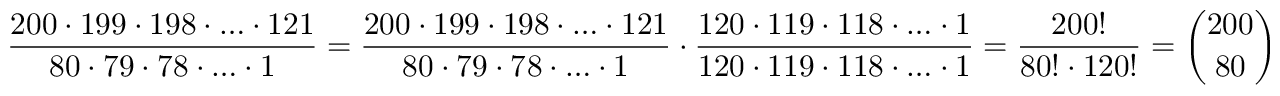
\frac { 2 0 0 \cdot 1 9 9 \cdot 1 9 8 \cdot \ldots \cdot 1 2 1 } { 8 0 \cdot 7 9 \cdot 7 8 \cdot \ldots \cdot 1 } = \frac { 2 0 0 \cdot 1 9 9 \cdot 1 9 8 \cdot \ldots \cdot 1 2 1 } { 8 0 \cdot 7 9 \cdot 7 8 \cdot \ldots \cdot 1 } \cdot \frac { 1 2 0 \cdot 1 1 9 \cdot 1 1 8 \cdot \ldots \cdot 1 } { 1 2 0 \cdot 1 1 9 \cdot 1 1 8 \cdot \ldots \cdot 1 } = \frac { 2 0 0 ! } { 8 0 ! \cdot 1 2 0 ! } = \binom { 2 0 0 } { 8 0 }